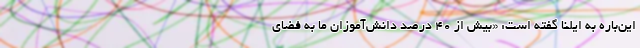
این‌باره به ایلنا گفته است: «بیش از ۴۰ درصد دانش‌آموزان ما به فضای